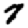
Digit: 7